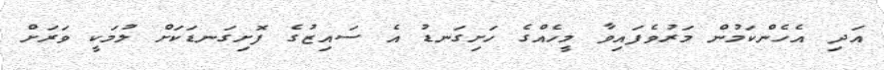
އަދި އެހެންކަމުން މަރުވެފައިވާ މީހެއްގެ ހަށިގަނޑު އެ ސައިޒުގެ ފޮށިގަނޑަކަށް ލުމަކީ ވަރަށް